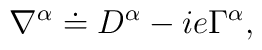
\nabla^\alpha \doteq D^\alpha -ie\Gamma^\alpha,